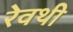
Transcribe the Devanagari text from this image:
रेवथी